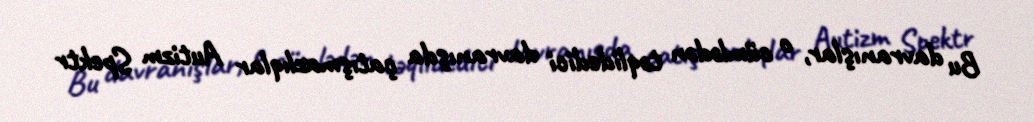
Bu davranışlar, o cümlədən təqlidedici davranışda çatışmazlıqlar Autizm Spektr